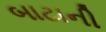
બાટાની